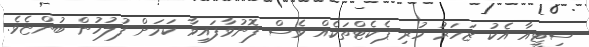
ސިޓީއާ އެކު ޒަހަރު ހުރި ޕެކެޓްތަކެއް ވެސް ފޮނުވާފައިވާ ކަމަށް ފުލުހުން ބުންޏެވެ.